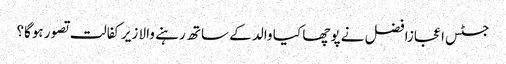
جسٹس اعجازافضل نے پوچھا کیا والد کے ساتھ رہنے والا زیرکفالت تصور ہوگا؟